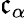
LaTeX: \mathfrak{c}_{\alpha}